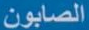
الصابون